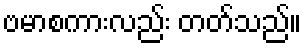
ဗမာစကားလည်း တတ်သည်။